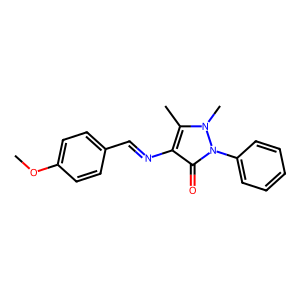
SMILES: COc1ccc(C=Nc2c(C)n(C)n(-c3ccccc3)c2=O)cc1
Inhibits HIV replication: No